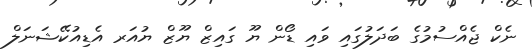
ނެކް ޖެއްސުމުގެ ބަދަލުގައި ވައި ޑޯން ޔޫ ގައިޒް ޔޫޒް ޔުއަރ އެޑިއުކޭޝަނަލް